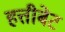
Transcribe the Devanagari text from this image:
हत्तीबेट